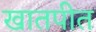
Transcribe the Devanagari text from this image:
खातपीत